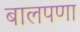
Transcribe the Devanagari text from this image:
बालपणा